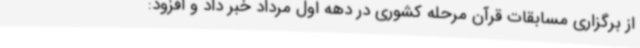
از برگزاری مسابقات قرآن مرحله کشوری در دهه اول مرداد خبر داد و افزود: